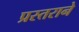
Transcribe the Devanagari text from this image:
प्रस्तराने